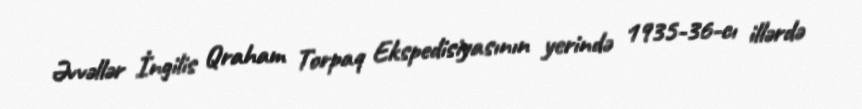
Əvvəllər İngilis Qraham Torpaq Ekspedisiyasının yerində 1935-36-cı illərdə